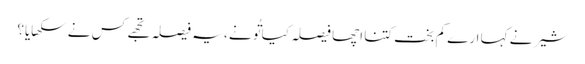
شیر نے کہا ارے کم بخت کتنا اچھا فیصلہ کیا تُو نے ، یہ فیصلہ تجھے کس نے سکھایا؟